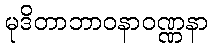
မုဒိတာဘာဝနာဝဏ္ဏနာ